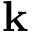
{ \bf k }